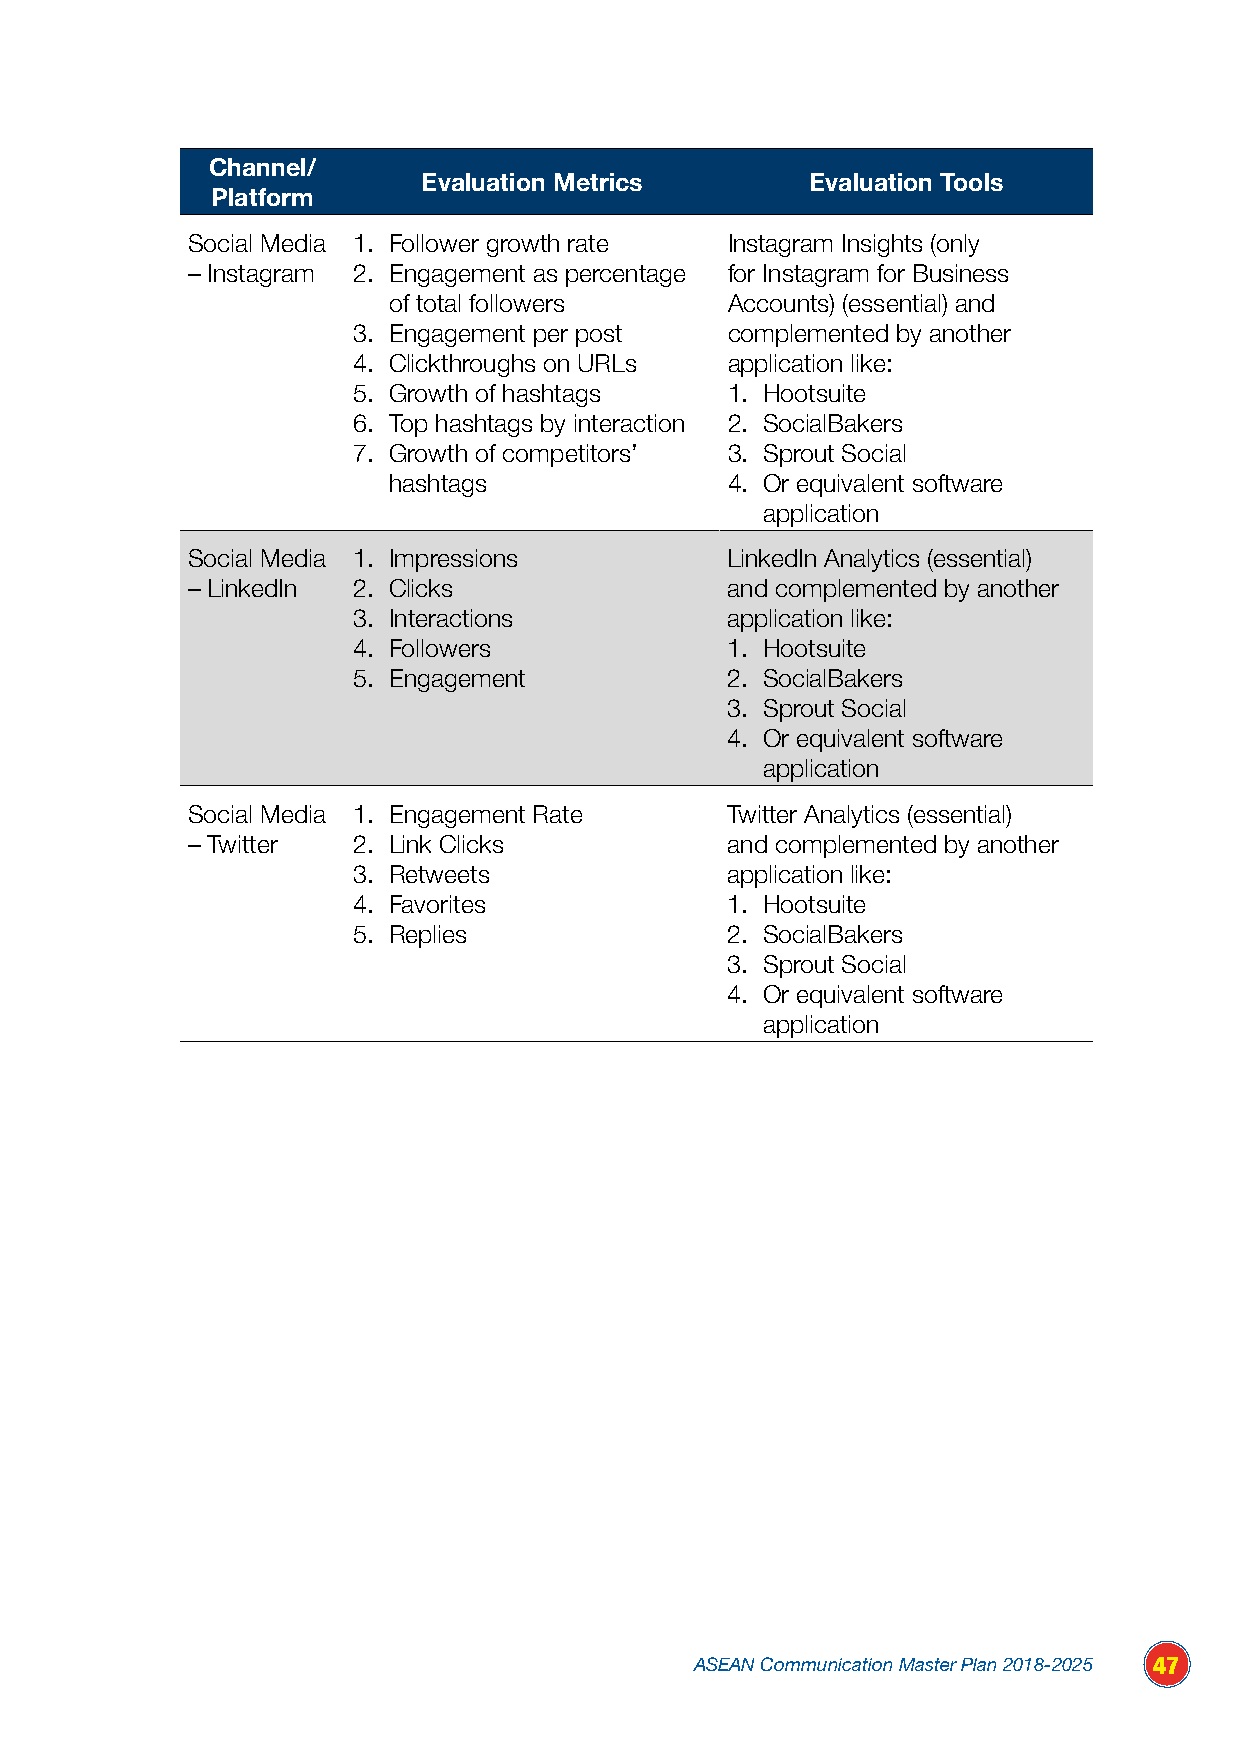
Channel/
 Evaluation Metrics        Evaluation Tools
 Platform
 Social Media 1. Follower growth rate Instagram Insights (only
 – Instagram 2. Engagement as percentage for Instagram for Business
 of total followers    Accounts) (essential) and
 3. Engagement per post   complemented by another
 4. Clickthroughs on URLs application like:
 5. Growth of hashtags    1. Hootsuite
 6. Top hashtags by interaction 2. SocialBakers
 7. Growth of competitors’ 3. Sprout Social
 hashtags              4. Or equivalent software
 application
 Social Media 1. Impressions         LinkedIn Analytics (essential)
 – LinkedIn 2. Clicks                and complemented by another
 3. Interactions          application like:
 4. Followers             1. Hootsuite
 5. Engagement            2. SocialBakers
 3. Sprout Social
 4. Or equivalent software
 application
 Social Media 1. Engagement Rate     Twitter Analytics (essential)
 – Twitter  2. Link Clicks           and complemented by another
 3. Retweets              application like:
 4. Favorites             1. Hootsuite
 5. Replies               2. SocialBakers
 3. Sprout Social
 4. Or equivalent software
 application
 ASEAN Communication Master Plan 2018-2025 47